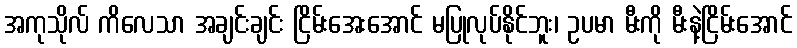
အကုသိုလ် ကိလေသာ အချင်းချင်း ငြိမ်းအေးအောင် မပြုလုပ်နိုင်ဘူး၊ ဥပမာ မီးကို မီးနဲ့ငြိမ်းအောင်